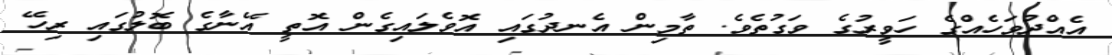
އެއްދުވަހެއްގެ ހަވީރުގެ ވަގުތެވެ. ތާމިން އެނދުގައި އޮވެލައިގެން އޮތީ އޭނާގެ ބޮލުގައި ރިހޭ